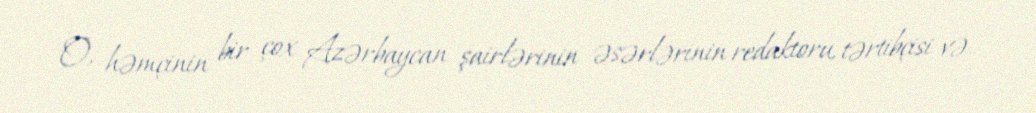
O, həmçinin bir çox Azərbaycan şairlərinin əsərlərinin redaktoru, tərtibçisi və